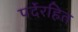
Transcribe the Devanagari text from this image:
पर्देरहित